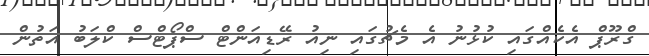
ގްރޫޕް އެކެއްގައި ކުޅުނު އެ މެޗުގައި ނިއު ރޭޑިއަންޓް ސްޕޯޓްސް ކްލަބު އަތުން